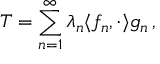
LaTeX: T = \sum _ { n = 1 } ^ { \infty } \lambda _ { n } \langle f _ { n } , \cdot \rangle g _ { n } \, ,